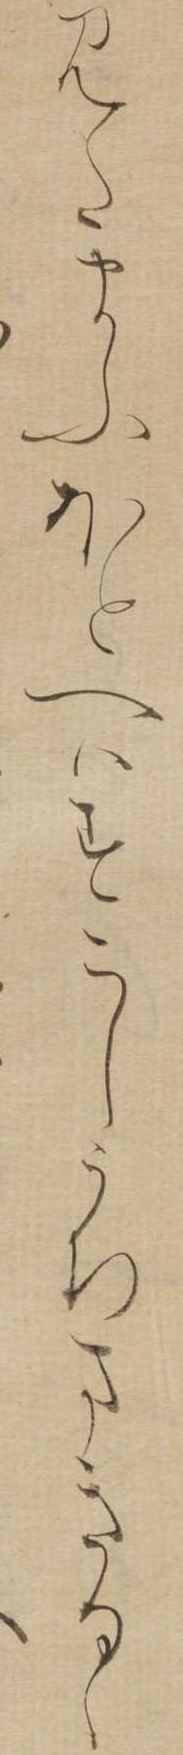
みたまふほとへはすこしうちまきるゝ